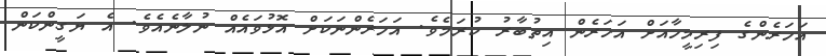
އަހަރެންގެ ފިރިމީހާއަށް އަހަރެން އިތުބާރު ކުރަމެވެ. އަހަރެންނަކަށް އޮޅުވައެއް ނުލާނެއެވެ. އެ ޔަގީންކަން